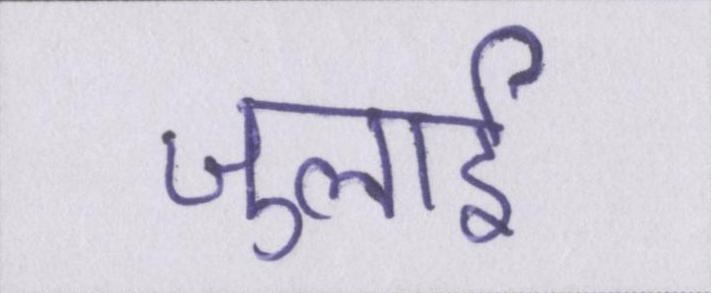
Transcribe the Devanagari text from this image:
जुलाई